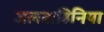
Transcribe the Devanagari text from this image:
जलवाहिनिया